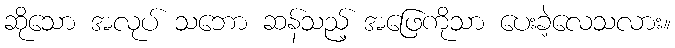
ဆိုသော အလုပ် သဘော ဆန်သည့် အဖြေကိုသာ ပေးခဲ့လေသလား။